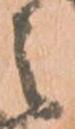
之